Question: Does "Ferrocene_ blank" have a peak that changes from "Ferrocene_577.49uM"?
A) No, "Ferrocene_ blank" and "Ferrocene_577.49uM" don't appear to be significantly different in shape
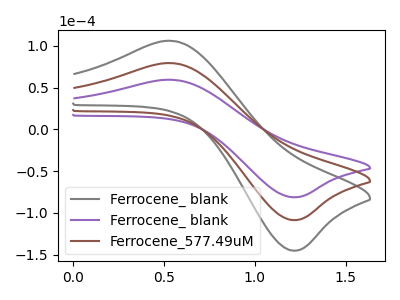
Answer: <think>The gray curve "Ferrocene_ blank" has an anodic peak at (0.55V, 158.30uA) and a cathodic peak at (1.20V, -217.25uA). The purple curve "Ferrocene_ blank" has an anodic peak at (0.55V, 59.20uA) and a cathodic peak at (1.20V, -81.30uA). The brown curve "Ferrocene_577.49uM" has an anodic peak at (0.55V, 79.15uA) and a cathodic peak at (1.20V, -108.60uA).
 All the peaks in "Ferrocene_ blank" have a peak in "Ferrocene_577.49uM" at the same potential. Every peak in "Ferrocene_ blank" is lower than every peak in "Ferrocene_577.49uM".</think>
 <answer>A) No, "Ferrocene_ blank" and "Ferrocene_577.49uM" don't appear to be significantly different in shape</answer>
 <eval>A</eval>